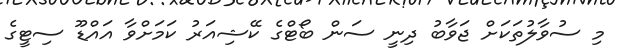
މި ސުވާލުތަކަށް ޖަވާބު ދިނީ ސަން ބޯޓްގެ ކޭޝިއަރު ކަމަށްވާ އައްޑޫ ސިޓީގެ